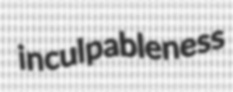
inculpableness